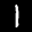
Label: 1